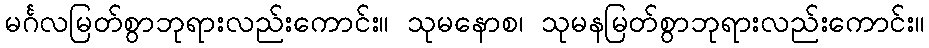
မင်္ဂလမြတ်စွာဘုရားလည်းကောင်း။ သုမနောစ၊ သုမနမြတ်စွာဘုရားလည်းကောင်း။